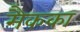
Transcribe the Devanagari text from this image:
मैकका